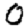
Digit: 0